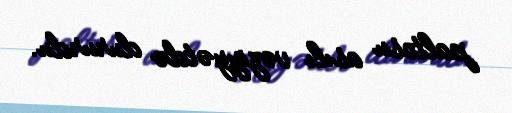
paltosu asılı vəziyyətdə dururdu.